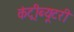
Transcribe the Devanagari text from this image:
कंट्रीब्यूटरी